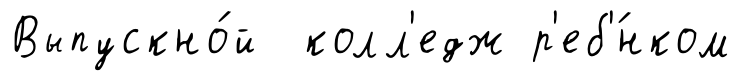
Выпускно́й колл'едж р'еб'́нком